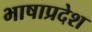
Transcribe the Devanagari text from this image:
भाषाप्रदेश